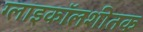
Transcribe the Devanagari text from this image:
ग्लाइकॉलशीतक